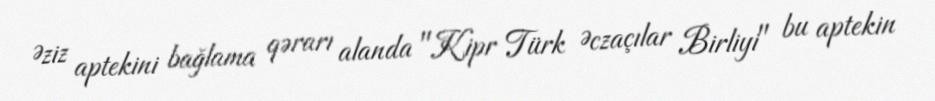
Əziz aptekini bağlama qərarı alanda "Kipr Türk Əczaçılar Birliyi" bu aptekin